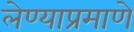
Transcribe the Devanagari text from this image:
लेण्याप्रमाणे